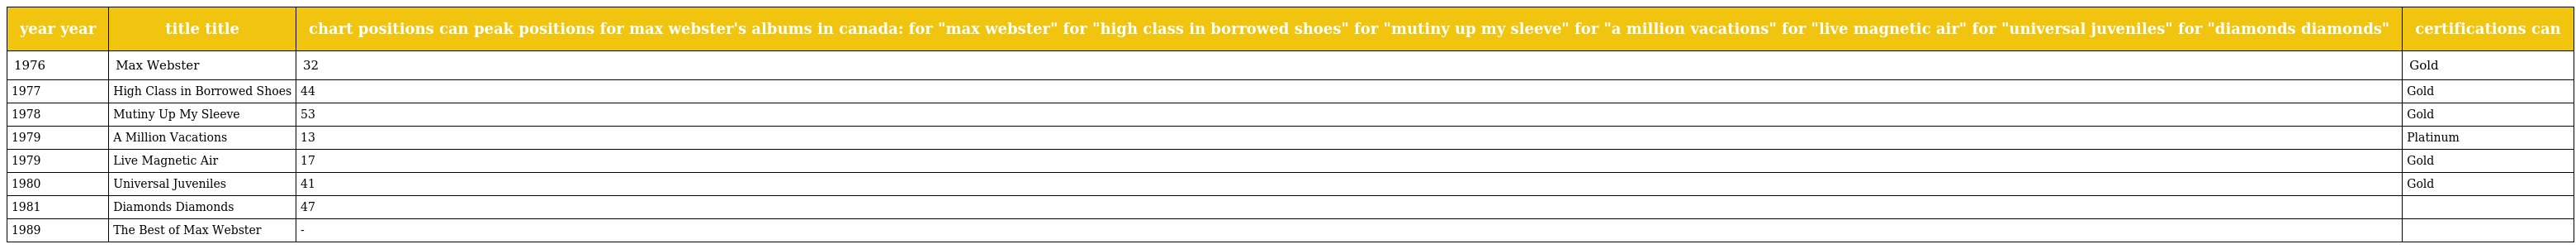
| year year | title title | chart positions can peak positions for max webster's albums in canada: for "max webster" for "high class in borrowed shoes" for "mutiny up my sleeve" for "a million vacations" for "live magnetic air" for "universal juveniles" for "diamonds diamonds" | certifications can |
 | --- | --- | --- | --- |
 | 1976 | Max Webster | 32 | Gold |
 | 1977 | High Class in Borrowed Shoes | 44 | Gold |
 | 1978 | Mutiny Up My Sleeve | 53 | Gold |
 | 1979 | A Million Vacations | 13 | Platinum |
 | 1979 | Live Magnetic Air | 17 | Gold |
 | 1980 | Universal Juveniles | 41 | Gold |
 | 1981 | Diamonds Diamonds | 47 |  |
 | 1989 | The Best of Max Webster | - |  |